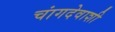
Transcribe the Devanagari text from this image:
चांगदेवाशी